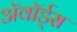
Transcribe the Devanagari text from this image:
ॲवॉर्ड्‌स